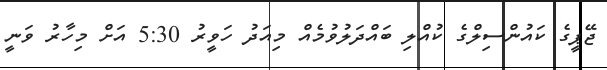
ޖޭޕީގެ ކައުންސިލްގެ ކުއްލި ބައްދަލުވުމެއް މިއަދު ހަވީރު 5:30 އަށް މިހާރު ވަނީ